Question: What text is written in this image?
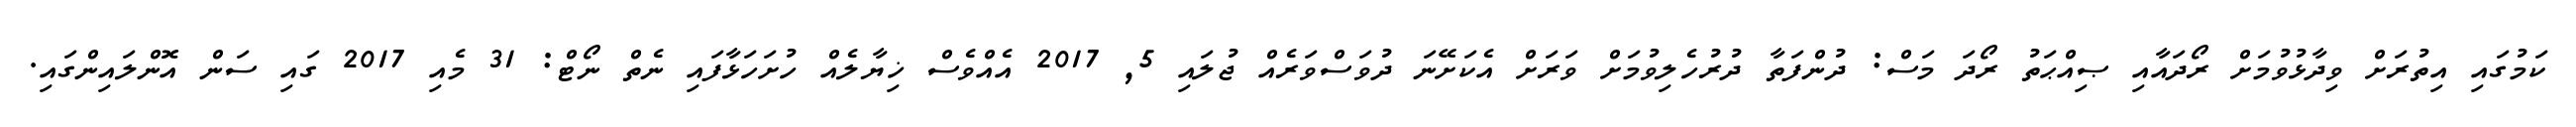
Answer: ކަމުގައި އިތުރަށް ވިދާޅުވުމަށް ރޯދައާއި ޞިއްޙަތު ރޯދަ މަސް: ދުންފަތާ ދުރުހެލިވުމަށް ވަރަށް އެކަށޭނަ ދުވަސްވަރެއް ޖުލައި 5, 2017 އެއްވެސް ޚިޔާލެއް ހުށަހަޅާފައި ނެތް ނޯޓް: 31 މެއި 2017 ގައި ސަން އޮންލައިންގައި.